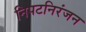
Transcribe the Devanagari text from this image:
निपटनिरंजन